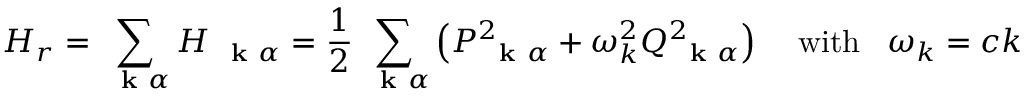
H _ { r } = \sum _ { \mathrm { ~ \bf ~ k ~ } \alpha } H _ { \mathrm { ~ \bf ~ k ~ } \alpha } = \frac { 1 } { 2 } \sum _ { \mathrm { ~ \bf ~ k ~ } \alpha } \left( P _ { \mathrm { ~ \bf ~ k ~ } \alpha } ^ { 2 } + \omega _ { k } ^ { 2 } Q _ { \mathrm { ~ \bf ~ k ~ } \alpha } ^ { 2 } \right) \; \; \; \; \mathrm { w i t h } \; \; \; \omega _ { k } = c k